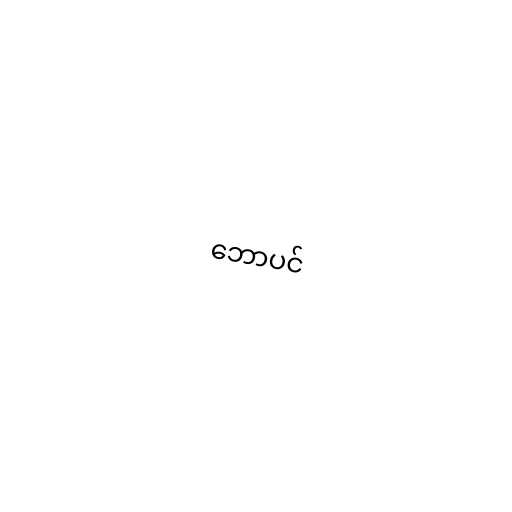
ဘောပင်